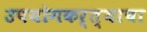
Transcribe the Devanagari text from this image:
उपयोगकर्त्याचा